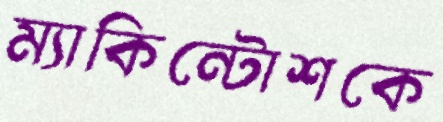
ম্যাকিন্টোশকে